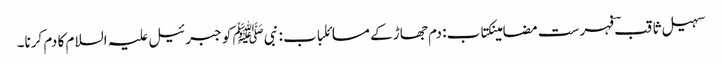
سہیل ثاقبؔ فہرست مضامینکتاب: دم جھاڑ کے مسائلباب : نبیﷺ کو جبرئیل علیہ السلام کا دم کرنا۔